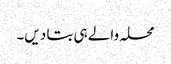
محلہ والے ہی بتا دیں۔